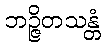
ဘဉ္ဇိတသန္တံ